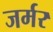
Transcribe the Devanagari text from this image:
जर्मर